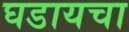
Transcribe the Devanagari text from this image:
घडायचा